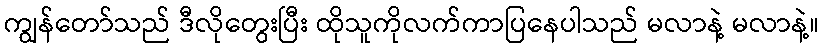
ကျွန်တော်သည် ဒီလိုတွေးပြီး ထိုသူကိုလက်ကာပြနေပါသည် မလာနဲ့ မလာနဲ့။